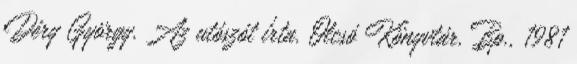
Déry György. Az utószót írta. Olcsó Könyvtár. Bp., 1981